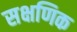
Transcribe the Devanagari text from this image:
सक्षणिक